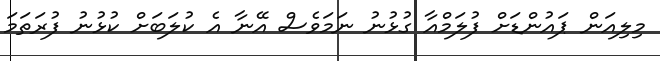
މިލިއަން ޕައުންޑަށް ފުލަމްއާ ގުޅުނު ނަމަވެސް އޭނާ އެ ކުލަބަށް ކުޅުނު ފުރަތަމަ